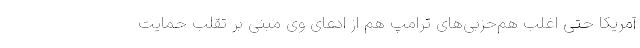
آمریکا حتی اغلب هم‌حزبی‌های ‌ترامپ هم از ادعای وی مبنی بر تقلب حمایت